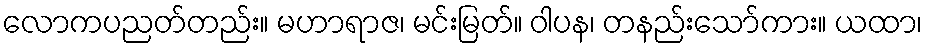
လောကပညတ်တည်း။ မဟာရာဇ၊ မင်းမြတ်။ ဝါပန၊ တနည်းသော်ကား။ ယထာ၊